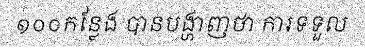
១០០កន្លែង បានបង្ហាញថា ការទទួល